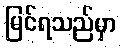
မြင်ရသည်မှာ